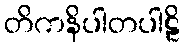
တိကနိပါတပါဠိ